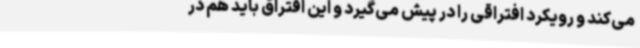
می‌کند و رویکرد افتراقی را در پیش می‌گیرد و این افتراق باید هم در